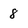
Character: 8